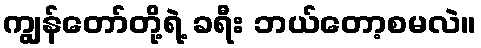
ကျွန်တော်တို့ရဲ့ ခရီး ဘယ်တော့စမလဲ။